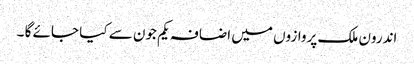
اندرون ملک پروازوں میں اضافہ یکم جون سے کیا جائے گا ۔